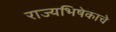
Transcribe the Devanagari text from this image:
राज्यभिषेकाचे